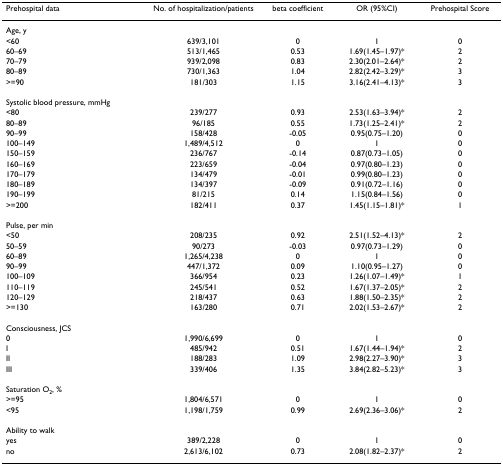
<table><thead><tr><td><b>Prehospital data</b></td><td><b>No. of hospitalization/patients</b></td><td><b>beta coefficient</b></td><td><b>OR (95%CI)</b></td><td><b>Prehospital Score</b></td></tr></thead><tbody><tr><td>Age, y</td><td></td><td></td><td></td><td></td></tr><tr><td>&lt;60</td><td>639/3,101</td><td>0</td><td>1</td><td>0</td></tr><tr><td>60–69</td><td>513/1,465</td><td>0.53</td><td>1.69(1.45–1.97)*</td><td>2</td></tr><tr><td>70–79</td><td>939/2,098</td><td>0.83</td><td>2.30(2.01–2.64)*</td><td>2</td></tr><tr><td>80–89</td><td>730/1,363</td><td>1.04</td><td>2.82(2.42–3.29)*</td><td>3</td></tr><tr><td>&gt;=90</td><td>181/303</td><td>1.15</td><td>3.16(2.41–4.13)*</td><td>3</td></tr><tr><td>Systolic blood pressure, mmHg</td><td></td><td></td><td></td><td></td></tr><tr><td>&lt;80</td><td>239/277</td><td>0.93</td><td>2.53(1.63–3.94)*</td><td>2</td></tr><tr><td>80–89</td><td>96/185</td><td>0.55</td><td>1.73(1.25–2.41)*</td><td>2</td></tr><tr><td>90–99</td><td>158/428</td><td>-0.05</td><td>0.95(0.75–1.20)</td><td>0</td></tr><tr><td>100–149</td><td>1,489/4,512</td><td>0</td><td>1</td><td>0</td></tr><tr><td>150–159</td><td>236/767</td><td>-0.14</td><td>0.87(0.73–1.05)</td><td>0</td></tr><tr><td>160–169</td><td>223/659</td><td>-0.04</td><td>0.97(0.80–1.23)</td><td>0</td></tr><tr><td>170–179</td><td>134/479</td><td>-0.01</td><td>0.99(0.80–1.23)</td><td>0</td></tr><tr><td>180–189</td><td>134/397</td><td>-0.09</td><td>0.91(0.72–1.16)</td><td>0</td></tr><tr><td>190–199</td><td>81/215</td><td>0.14</td><td>1.15(0.84–1.56)</td><td>0</td></tr><tr><td>&gt;=200</td><td>182/411</td><td>0.37</td><td>1.45(1.15–1.81)*</td><td>1</td></tr><tr><td>Pulse, per min</td><td></td><td></td><td></td><td></td></tr><tr><td>&lt;50</td><td>208/235</td><td>0.92</td><td>2.51(1.52–4.13)*</td><td>2</td></tr><tr><td>50–59</td><td>90/273</td><td>-0.03</td><td>0.97(0.73–1.29)</td><td>0</td></tr><tr><td>60–89</td><td>1,265/4,238</td><td>0</td><td>1</td><td>0</td></tr><tr><td>90–99</td><td>447/1,372</td><td>0.09</td><td>1.10(0.95–1.27)</td><td>0</td></tr><tr><td>100–109</td><td>366/954</td><td>0.23</td><td>1.26(1.07–1.49)*</td><td>1</td></tr><tr><td>110–119</td><td>245/541</td><td>0.52</td><td>1.67(1.37–2.05)*</td><td>2</td></tr><tr><td>120–129</td><td>218/437</td><td>0.63</td><td>1.88(1.50–2.35)*</td><td>2</td></tr><tr><td>&gt;=130</td><td>163/280</td><td>0.71</td><td>2.02(1.53–2.67)*</td><td>2</td></tr><tr><td>Consciousness, JCS</td><td></td><td></td><td></td><td></td></tr><tr><td>0</td><td>1,990/6,699</td><td>0</td><td>1</td><td>0</td></tr><tr><td>I</td><td>485/942</td><td>0.51</td><td>1.67(1.44–1.94)*</td><td>2</td></tr><tr><td>II</td><td>188/283</td><td>1.09</td><td>2.98(2.27–3.90)*</td><td>3</td></tr><tr><td>III</td><td>339/406</td><td>1.35</td><td>3.84(2.82–5.23)*</td><td>3</td></tr><tr><td>Saturation O<sub>2</sub>, %</td><td></td><td></td><td></td><td></td></tr><tr><td>&gt;=95</td><td>1,804/6,571</td><td>0</td><td>1</td><td>0</td></tr><tr><td>&lt;95</td><td>1,198/1,759</td><td>0.99</td><td>2.69(2.36–3.06)*</td><td>2</td></tr><tr><td>Ability to walk</td><td></td><td></td><td></td><td></td></tr><tr><td>yes</td><td>389/2,228</td><td>0</td><td>1</td><td>0</td></tr><tr><td>no</td><td>2,613/6,102</td><td>0.73</td><td>2.08(1.82–2.37)*</td><td>2</td></tr></tbody></table>